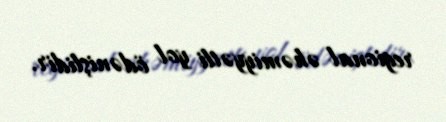
regional əhəmiyyətli yol ödənişlidir.